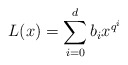
\begin{align*}L(x)=\sum_{i=0}^d b_i x^{q^i}\end{align*}